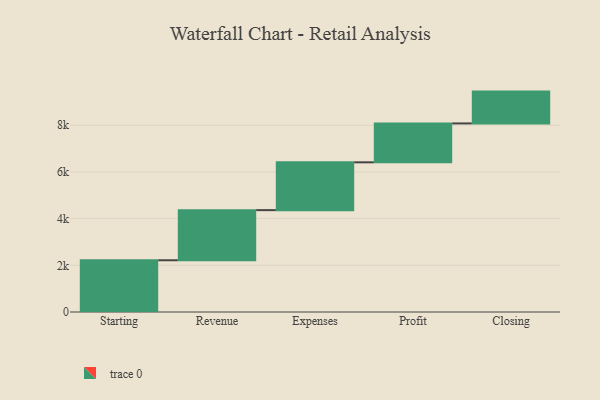
{"axis": {"x": "Step", "y": "Value"}, "legend": [""], "data": [{"x": "Starting", "y": 2216.0, "type": ""}, {"x": "Revenue", "y": 2147.0, "type": ""}, {"x": "Expenses", "y": 2048.0, "type": ""}, {"x": "Profit", "y": 1666.0, "type": ""}, {"x": "Closing", "y": 1363.0, "type": ""}]}